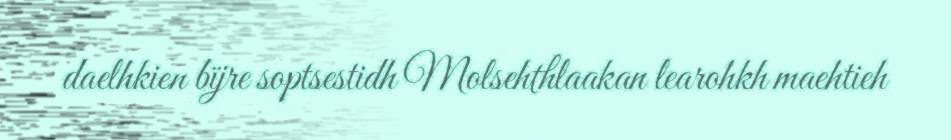
daelhkien bïjre soptsestidh Molsehthlaakan learohkh maehtieh